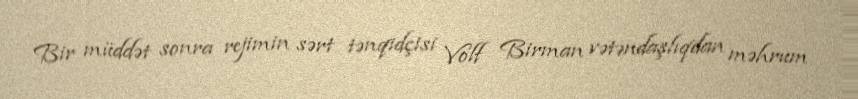
Bir müddət sonra rejimin sərt tənqidçisi Volf Birman vətəndaşlıqdan məhrum